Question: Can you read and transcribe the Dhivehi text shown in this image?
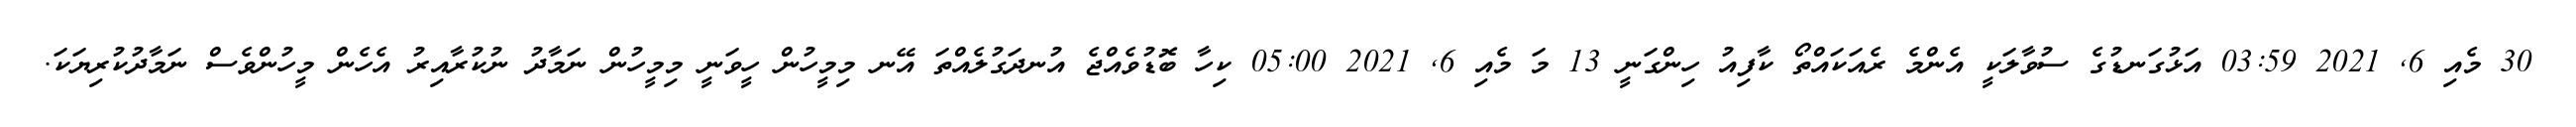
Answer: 30 މެއި 6, 2021 03:59 އަޅުގަނޑުގެ ސުވާލަކީ އެންމެ ރެއަކައްތޯ ކާފިއު ހިންގަނީ 13 މަ މެއި 6, 2021 05:00 ކިހާ ބޮޑުވެއްޖެ އުނދަގުލެއްތަ އޭނ މިމީހުން ހީވަނީ މިމީހުން ނަމާދު ނުކުރާއިރު އެހެން މީހުންވެސް ނަމާދުކުރިޔަކަ.